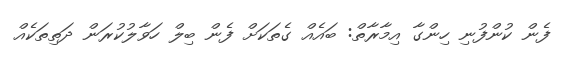
ފެން ކުންފުނި ހިންގާ އިމާރާތް: ބައެއް ގެތަކަށް ފެން ބިލް ހަވާލުކުރަން ދަތިތަކެއް